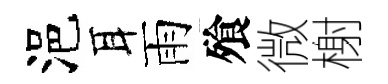
浥耳雨飱微榭